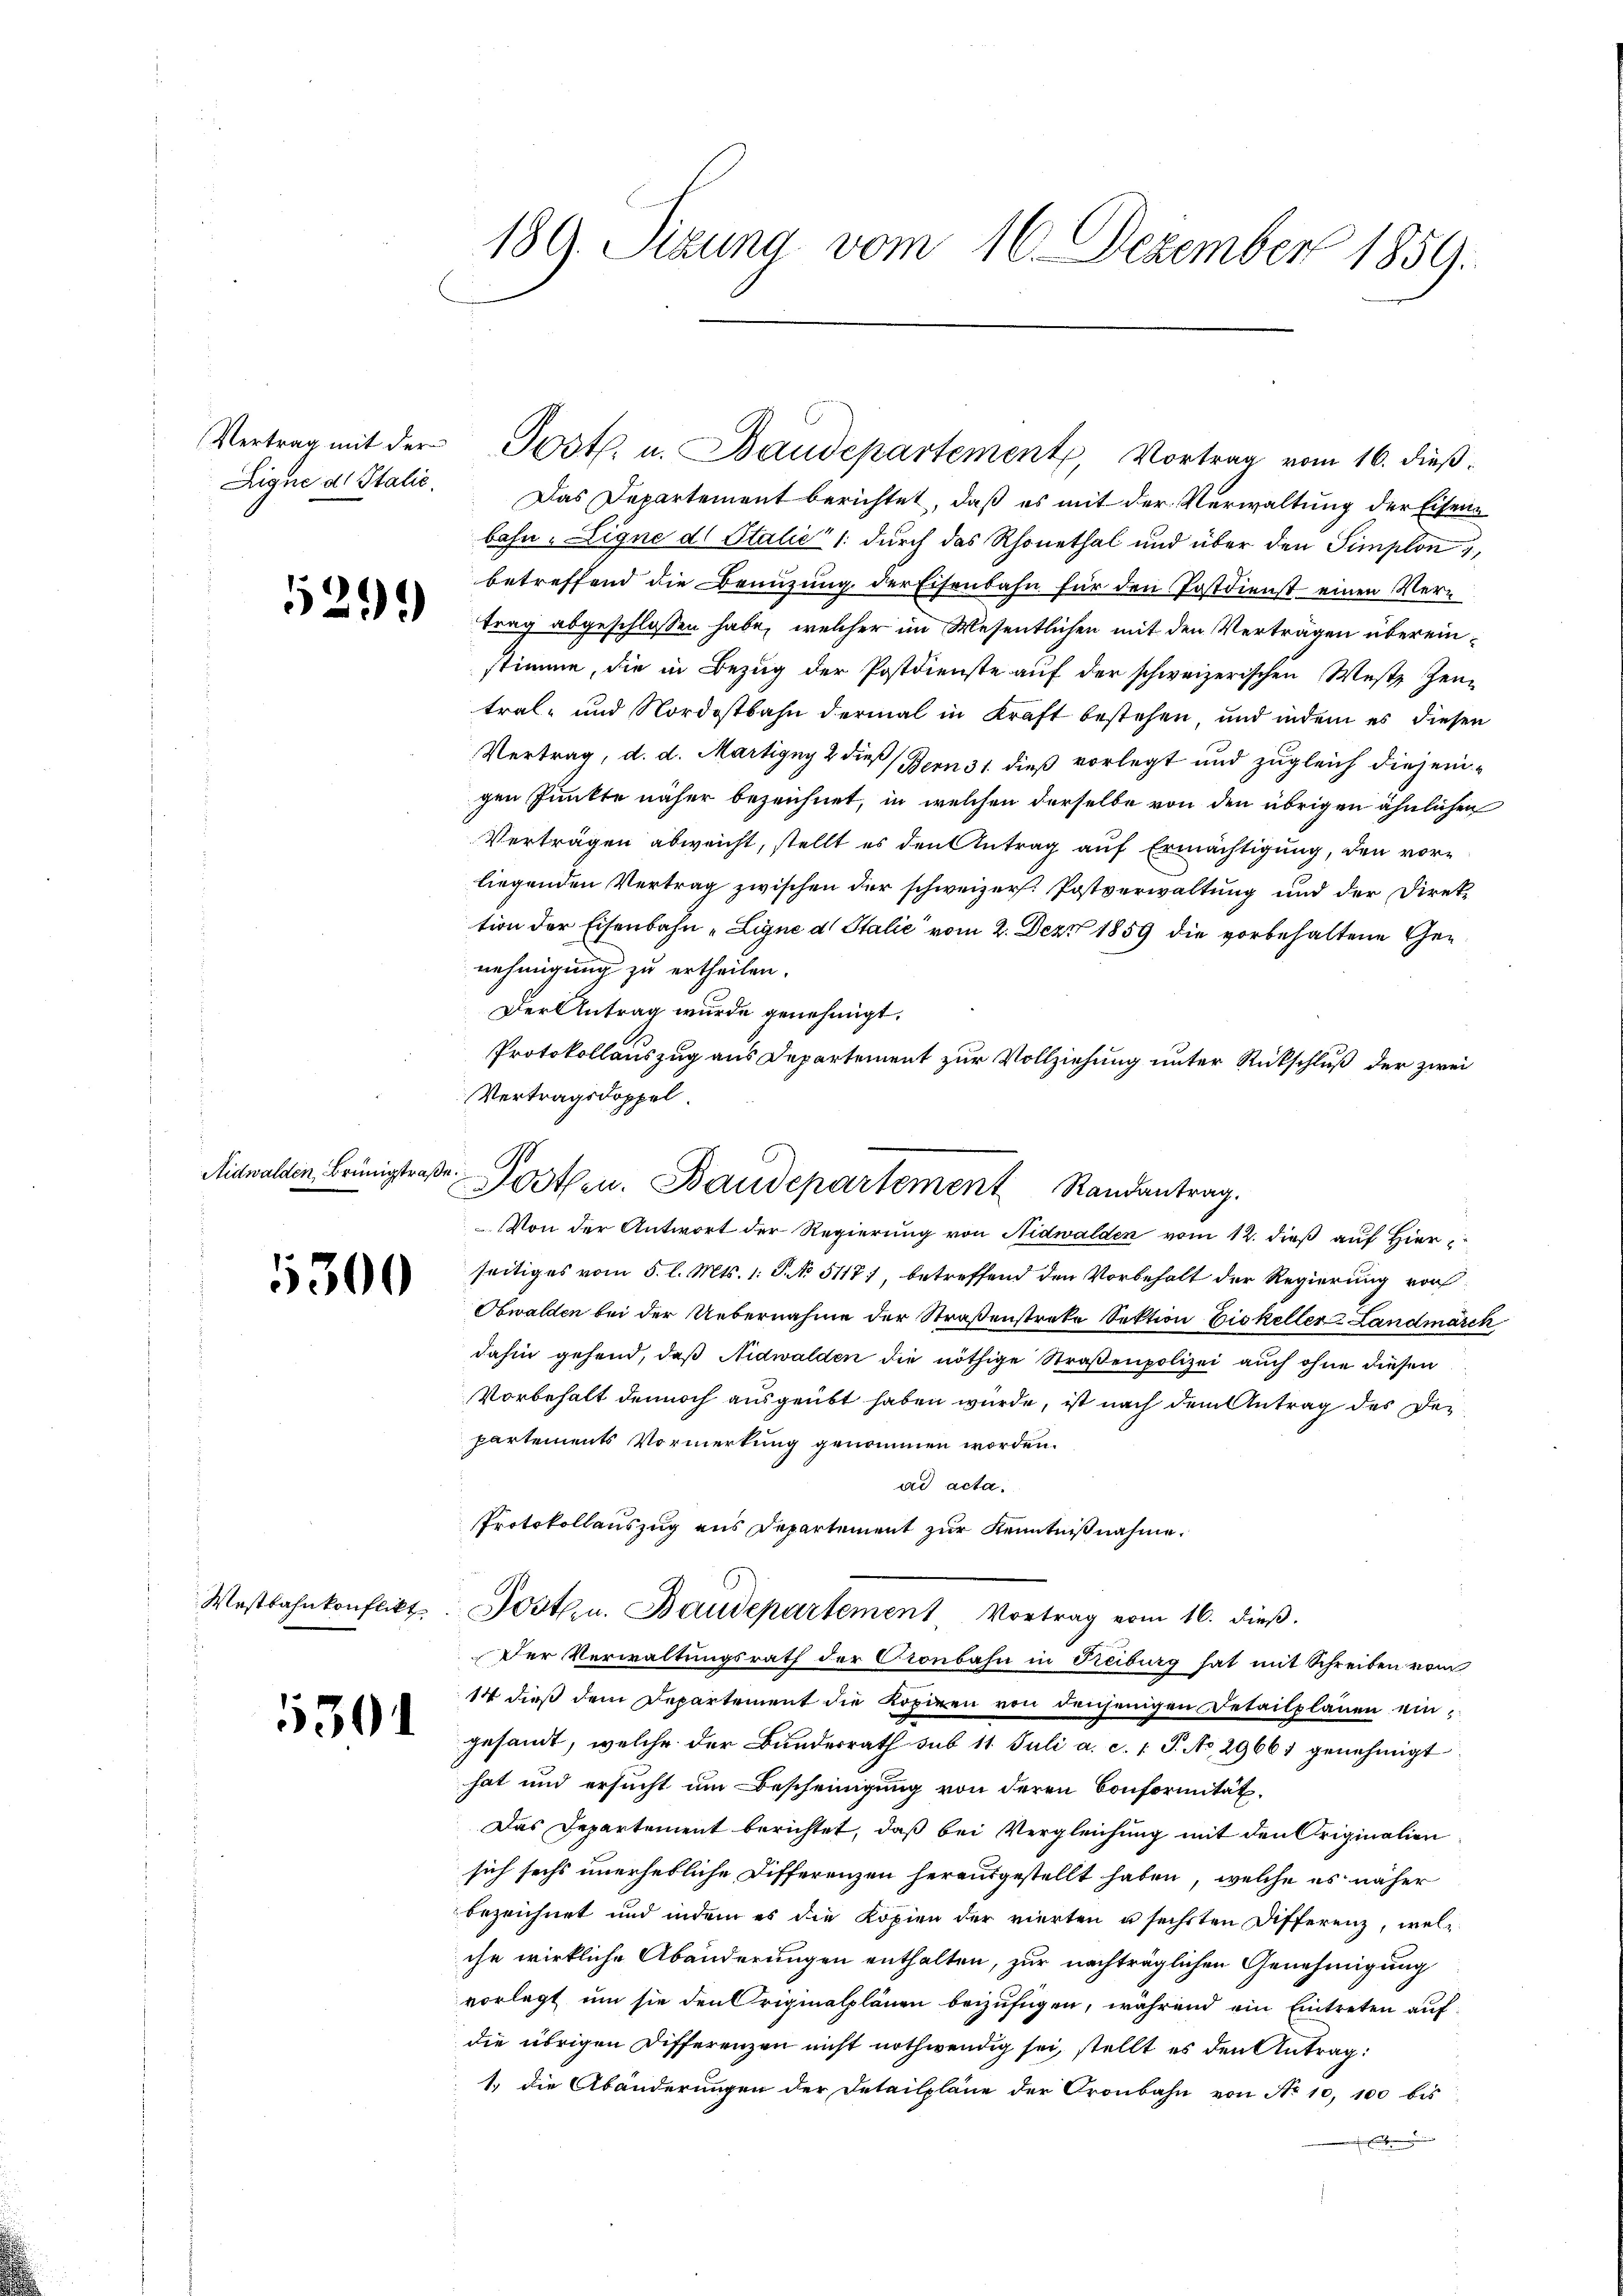
Vertrag mit der
Zigne dr Italie

529)

Aidwalden Brünigstraße

5300

530

189. Sizung vom 16. Dezember 1859.

Das Departement berichtet, daß es mit der Verwaltung der Eisenbahn- Ligne d. Stalić /: durch das Rhonethal und über den Simplon 1,
betreffend die Brünzung der Eisenbahn für den Postdienst einen Vertrag abgeschlossen habe, welcher im Wesentlichen mit den Verträgen übereinstimme, die in Bezug der Postdienste auf der schweizerischen Westz Zen-
tral- und Nordostbahn dermal in Kraft bestehen, und indem es diesen
Vertrag, d. d. Martigny 2 dieß (Bern 31. dieß vorlegt und zugleich diejenigen Punkte näher bezeichnet, in welchen derselbe von den übrigen ähnlichen
Verträgen abweicht, stellt es den Antrag auf Ermächtigung, den vorliegenden Vertrag zwischen der schweizer. Postverwaltung und der Direktion der Eisenbahn „Ligne d. Stalie vom 2. Dez. 1859 die vorbehaltene Genehmigung zu ertheilen.
Der Antrag wurde genehmigt.
seitiges vom 5. l. Mts. 1. P. No. 5117) betreffend den Vorbehalt der Regierung vor
Obwalden bei der Uebernahme der Straßenstreke Sektion Eiskeller-Landmarer
dahin gehend, daß Nidwalden die nöthige Straßenpolizei auch ohne diesen
Vorbehalt dennoch ausgeübt haben wurde, ist nach dem Antrag des Departements Vormerkung genommen worden.
ad acta.
Protokollauszug aus Departement zur Kenntnißnahme.
Westbahnkonflikt Post u. Baudepartement Vortrag vom 16. dieβ.
Der Verwaltungsrath der Cronbahn in Treiburg hat mit Schreiben vom
14 dieß dem Departement die Kopieen von denjenigen Detailplänen eingesandt, welche der Bunderrath sub 11. Juli a. c. 1 S. No. 29667 genehmigt
hat und ersucht um Bescheinigung von deren Conformität,
Das Departement berichtet, daß bei Vergleichung mit den Originalien
sich sechs unerhebliche Differenzen herausgestellt haben, welche es näher
bezeichnet und indem es die Kopien der vierten u sechsten Differenz, welche wirkliche Abänderungen enthalten, zur nachträglichen Genehmigung
vorlegt um sie den Originalplänen beizufügen, während ein Eintreten auf
die übrigen Differenzen nicht nothwendig sei, stellt es den Antrag:
1. die Abänderungen der Detailpläne der Gronbahn von No 10, 100 bis

Jostl. u. Baudepartement, Vortrag vom 16. dieß.

Protokollauszug aus Departement zur Vollziehung unter Rückschluß der zwei
Vertragsdoppel
Posten. Baudepartement Randantrag.
Von der Antwort der Regierung von Nidwalden vom 12. dieß auf Hier